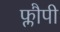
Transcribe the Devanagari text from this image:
फ्लौपी